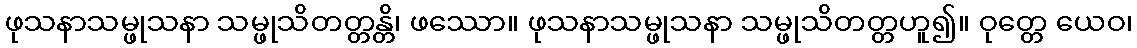
ဖုသနာသမ္ဖုသနာ သမ္ဖုသိတတ္တန္တိ၊ ဖဿော။ ဖုသနာသမ္ဖုသနာ သမ္ဖုသိတတ္တဟူ၍။ ဝုတ္တေ ယေဝ၊